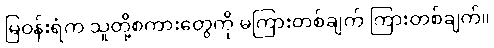
မြဝန်းရံက သူတို့စကားတွေကို မကြားတစ်ချက် ကြားတစ်ချက်။